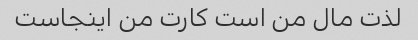
لذت مال من است کارت من اینجاست